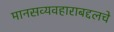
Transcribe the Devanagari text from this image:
मानसव्यवहाराबद्दलचे